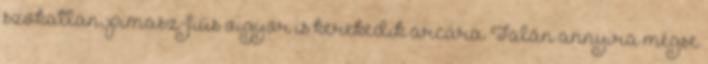
szokatlan, pimasz-fiús vigyor is kerekedik arcára. Talán annyira mégse